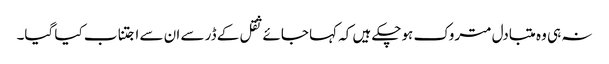
نہ ہی وہ متبادل متروک ہوچکے ہیں کہ کہا جائے ثقل کے ڈر سے ان سے اجتناب کیا گیا۔